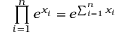
\prod _ { i = 1 } ^ { n } e ^ { x _ { i } } = e ^ { \sum _ { i = 1 } ^ { n } x _ { i } }